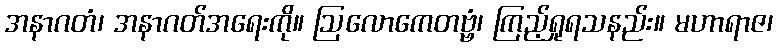
အနာဂတံ၊ အနာဂတ်အရေးကို။ ဩလောကေတဗ္ဗံ၊ ကြည့်ရှုရသနည်း။ မဟာရာဇ၊